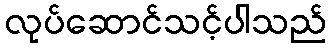
လုပ်ဆောင်သင့်ပါသည်